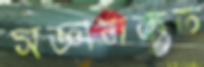
সজ্ঞানকৃত